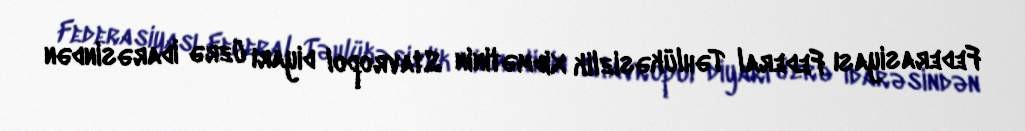
Federasiyası Federal Təhlükəsizlik Xidmətinin Stavropol diyarı üzrə İdarəsindən